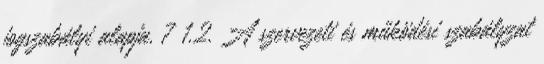
jogszabályi alapja. 7 1.2. A szervezeti és működési szabályzat